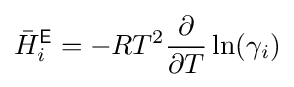
{\bar {H}}_{i}^{\mathsf {E}}=-RT^{2}{\frac {\partial }{\partial T}}\ln(\gamma _{i})